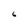
Character: 6